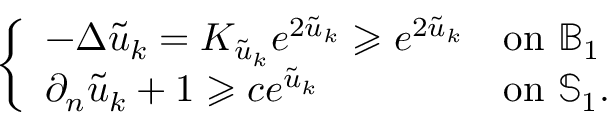
\left\{ \begin{array} { l l } { - \Delta \tilde { u } _ { k } = K _ { \tilde { u } _ { k } } e ^ { 2 \tilde { u } _ { k } } \geqslant e ^ { 2 \tilde { u } _ { k } } } & { \mathrm { o n ~ } \mathbb { B } _ { 1 } } \\ { \partial _ { n } \tilde { u } _ { k } + 1 \geqslant c e ^ { \tilde { u } _ { k } } } & { \mathrm { o n ~ } \mathbb S _ { 1 } . } \end{array} \right.